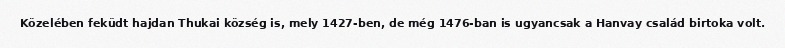
Közelében feküdt hajdan Thukai község is, mely 1427-ben, de még 1476-ban is ugyancsak a Hanvay család birtoka volt.